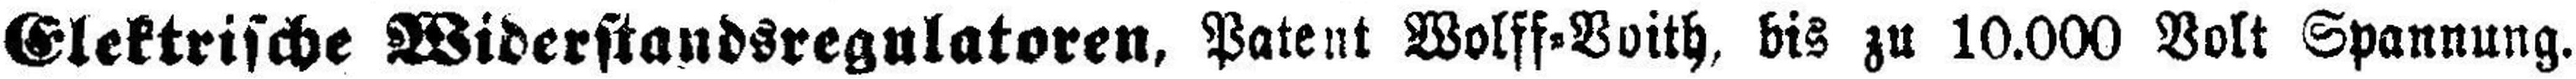
Elektrische Widerstandsregulatoren, Patent Wolff=Voith, bis zu 10.000 Volt Spannung.